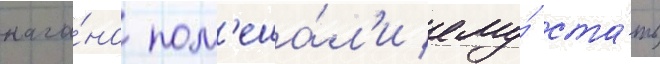
нага́но пом'еша́л'и ему́ ста́ть